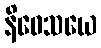
နိဝေသယေ